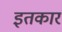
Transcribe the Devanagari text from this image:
इतकार